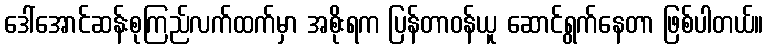
ဒေါ်အောင်ဆန်းစုကြည်လက်ထက်မှာ အစိုးရက ပြန်တာဝန်ယူ ဆောင်ရွက်နေတာ ဖြစ်ပါတယ်။